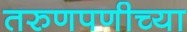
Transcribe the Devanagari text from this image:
तरुणपणीच्या